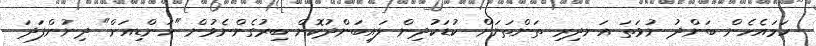
ހަމައެހެން ބަންދު ނުވަތަ އަނދިރި ތަންތަނަށް ކުޑަކުދިން ލައިބަންދުކޮށް ބިރުގެންނެވުން "ހަންޑިއަށް" ދިނުންފަދަ